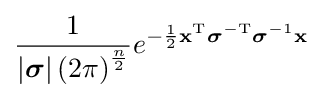
{\frac {1}{\left|{\boldsymbol {\sigma }}\right|\left(2\pi \right)^{\frac {n}{2}}}}e^{-{\frac {1}{2}}\mathbf {x} ^{\mathrm {T} }{\boldsymbol {\sigma }}^{-\mathrm {T} }{\boldsymbol {\sigma }}^{-1}\mathbf {x} }